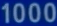
1000